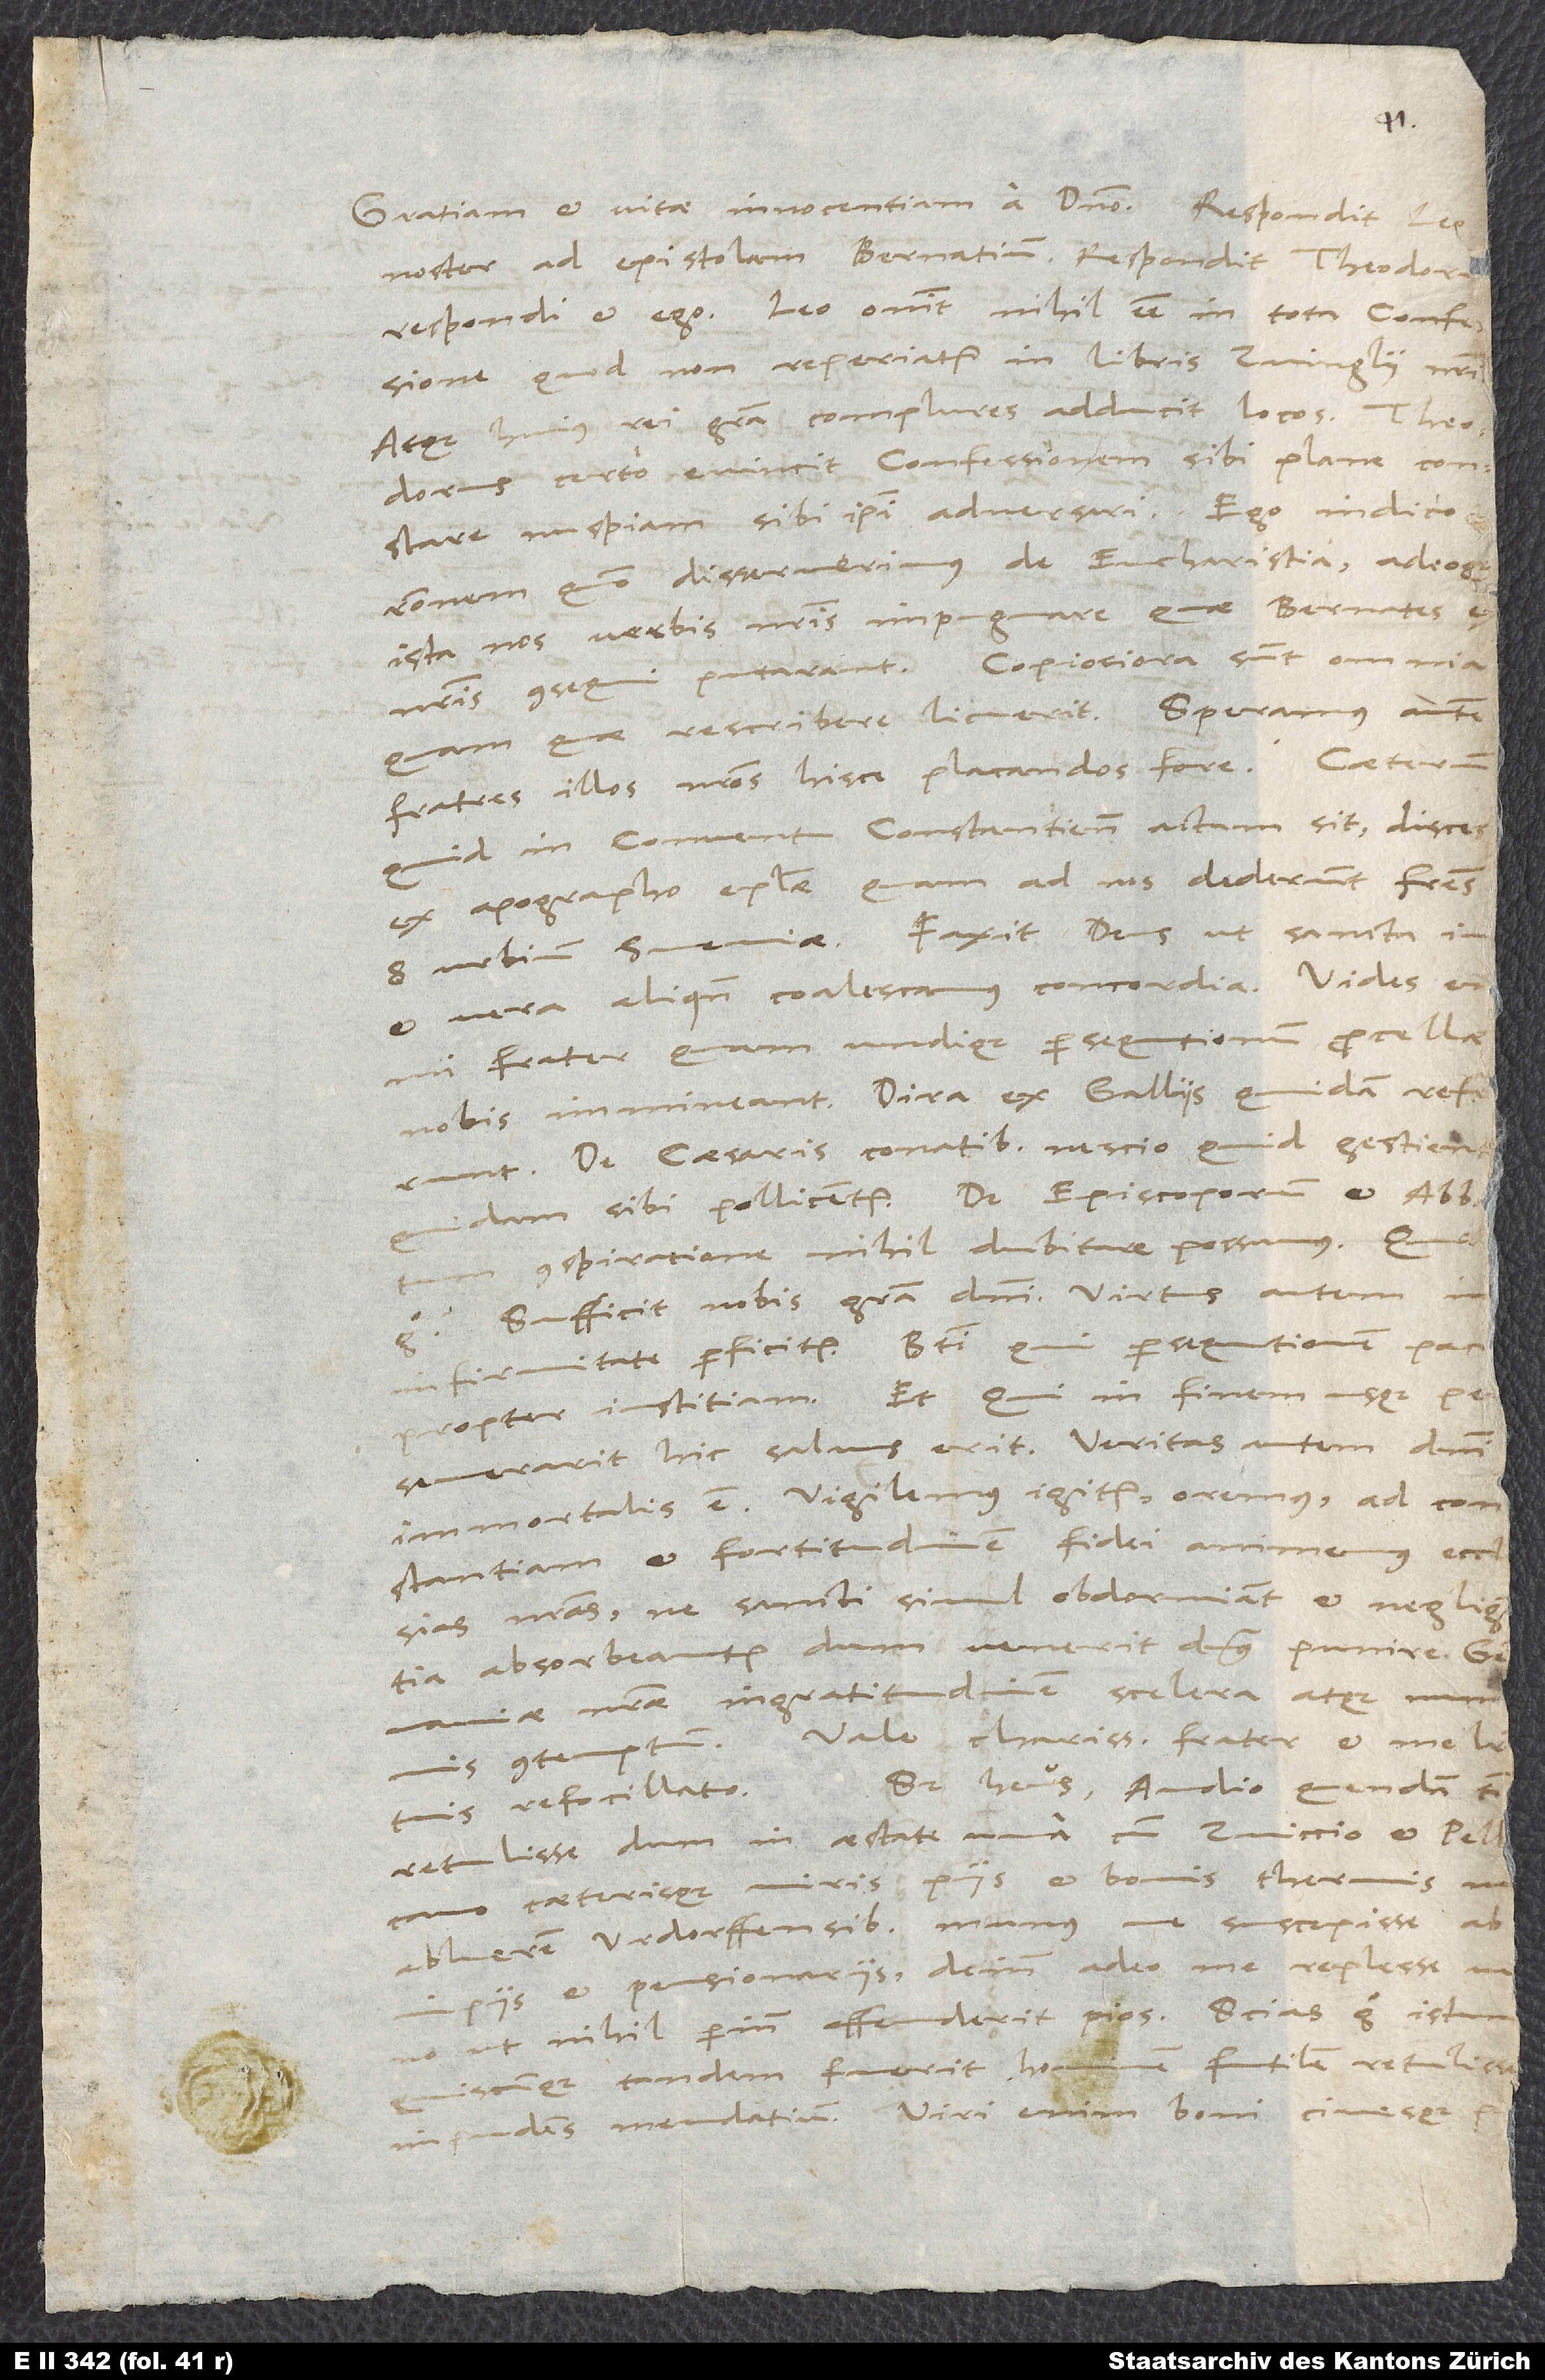
H.
noster ad epistolam Bernatium, respondit Theodor,
respondi et ego. Leo ostendit nihil esse in tota confessione,
quod non reperiatur in libris Zvinglii nostri,
atque huius rei gratia complures adducit locos. Theodorus
certo evincit confessionem sibi plane constare,
nuspiam sibi ipsi adversari. Ego indico
rationem, quomodo disseruerimus de eucharistia, adeoque
ista nos verbis nostris impugnare, quae Bernates
nostris consequi putarant. Copiosiora sunt omnia,
quam quae rescribere licuerit. Speramus autem
fratres illos nostros hisce placandos fore.
quid in conventu Constantiensi actum sit, disces
ex apographo epistolae, quam ad nos dederunt fratres
8 urbium Sveviae. Faxit deus, ut sancta,
et vera aliquando coalescamus concordia.
Sed heus, audio quendam
tuis refocillato.
retulisse, dum in aestate una cum Zviccio et Pell130,